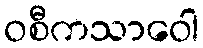
ဝစီကသာဝေါ